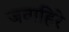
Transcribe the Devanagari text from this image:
जवाहिरे